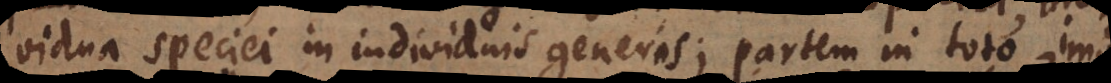
ividua speciei in individuis generis; partem in toto, imo